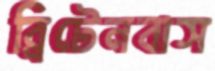
ব্রিটেনবাস